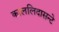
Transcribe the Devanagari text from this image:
काललिदासन्टे